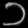
Digit: ၁